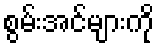
စွမ်းအင်များကို